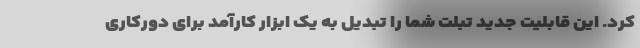
کرد. این قابلیت جدید تبلت شما را تبدیل به یک ابزار کارآمد برای دورکاری